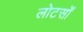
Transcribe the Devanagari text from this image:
लोटसों